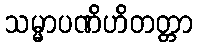
သမ္မာပဏိဟိတတ္တာ